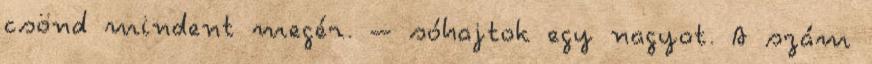
csönd mindent megér. – sóhajtok egy nagyot. A szám